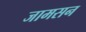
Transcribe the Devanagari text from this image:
जामसन